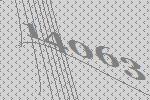
14063